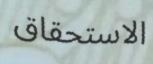
الاستحقاق